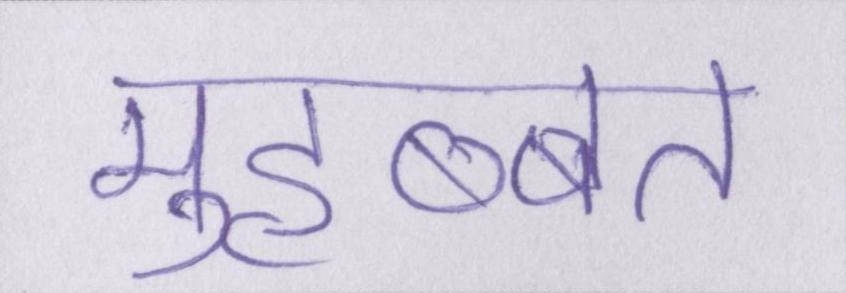
मुहब्बत